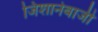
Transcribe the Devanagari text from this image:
जिशानेबाजी